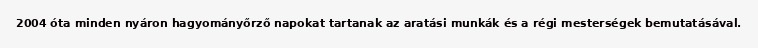
2004 óta minden nyáron hagyományőrző napokat tartanak az aratási munkák és a régi mesterségek bemutatásával.